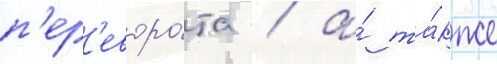
п'ер'еворо́та / а́ та́кже